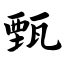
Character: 甄